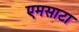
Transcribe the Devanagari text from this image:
एमसाटा